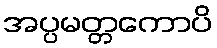
အပ္ပမတ္တကောပိ